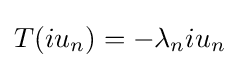
\displaystyle {T(iu_{n})=-\lambda _{n}iu_{n}}